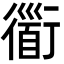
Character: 衟